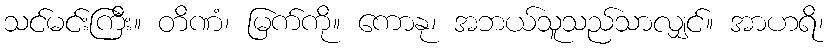
သင်မင်းကြီး။ တိဏံ၊ မြက်ကို။ ကောနု၊ အဘယ်သူသည်သာလျှင်။ အာဟရိ၊